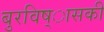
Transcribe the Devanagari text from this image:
बुरविष्ासकी